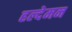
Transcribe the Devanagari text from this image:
हल्देमन